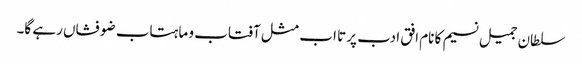
سلطان جمیل نسیم کا نام افق ادب پر تا اب مثل آفتاب و ماہتاب ضو فشاں رہے گا۔